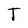
Character: T